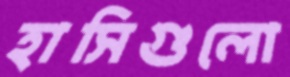
হাসিগুলো